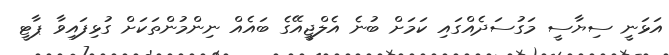
އަޅަނީ ސިޔާސީ މަގުސަދެއްގައި ކަމަށް ބުނެ އެލްޖީއޭގެ ބައެއް ނިންމުންތަކަށް ގުޅިފައިވާ ޕާޓީ